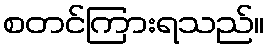
စတင်ကြားရသည်။